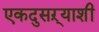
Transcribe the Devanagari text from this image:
एकदुसऱ्याशी